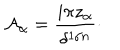
{ \cal A } _ { \alpha } = { \frac { i \pi z _ { \alpha } } { \delta ^ { 1 / n } } } \cdotp